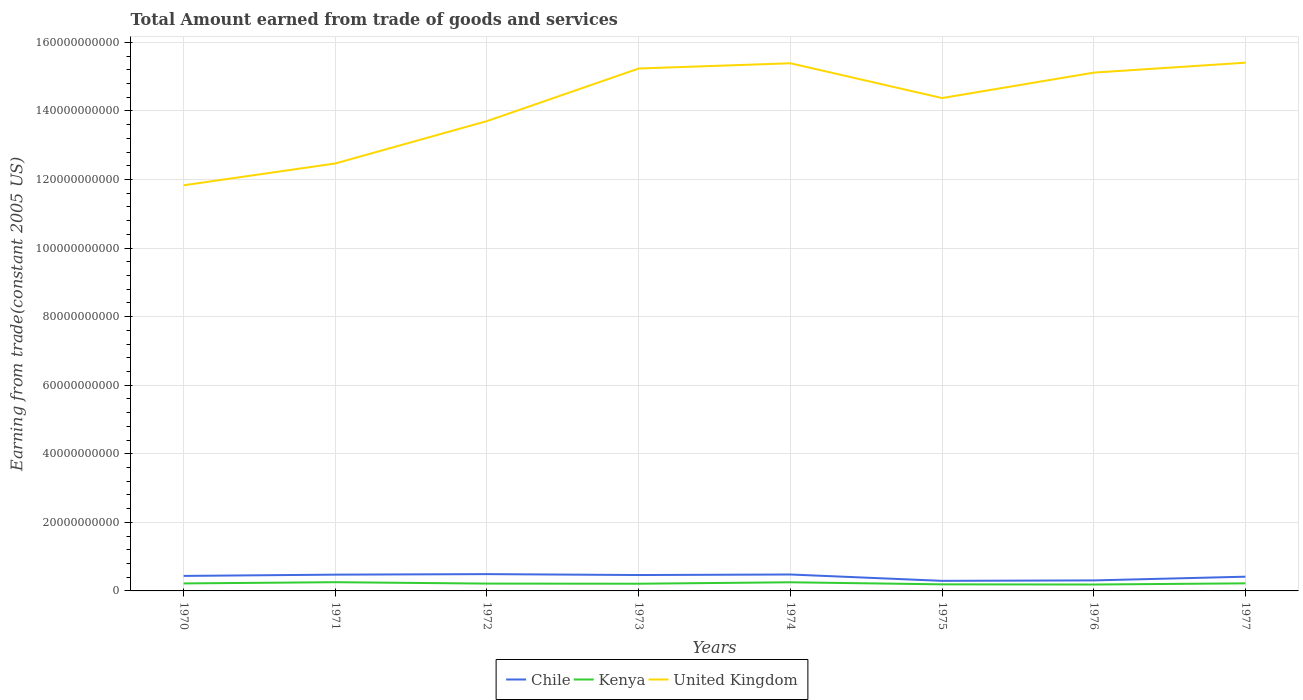
| Years | Chile | Kenya | United Kingdom |
 | --- | --- | --- | --- |
 | 1970 | 4.38e+09 | 2.19e+09 | 1.18e+11 |
 | 1971 | 4.75e+09 | 2.54e+09 | 1.25e+11 |
 | 1972 | 4.9e+09 | 2.14e+09 | 1.37e+11 |
 | 1973 | 4.64e+09 | 2.1e+09 | 1.52e+11 |
 | 1974 | 4.79e+09 | 2.52e+09 | 1.54e+11 |
 | 1975 | 2.94e+09 | 1.92e+09 | 1.44e+11 |
 | 1976 | 3.06e+09 | 1.87e+09 | 1.51e+11 |
 | 1977 | 4.15e+09 | 2.21e+09 | 1.54e+11 |